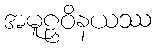
အမူဠှဝိနယဿ